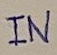
Text: IN